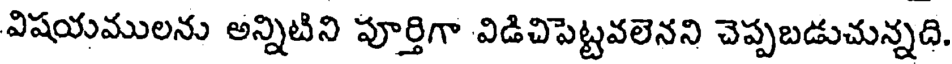
విషయములను అన్నిటిని పూర్తిగా విడిచిపెట్టవలెనని చెప్పబడుచున్నది.